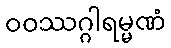
ဝဝဿဂ္ဂါရမ္မဏံ